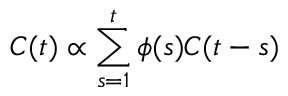
C ( t ) \propto \sum _ { s = 1 } ^ { t } \phi ( s ) C ( t - s )